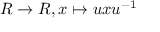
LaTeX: R \to R , x \mapsto u x u ^ { - 1 }